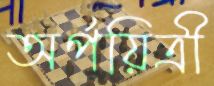
অর্পয়িত্রী